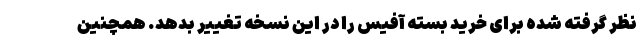
نظر گرفته شده برای خرید بسته آفیس را در این نسخه تغییر بدهد. همچنین